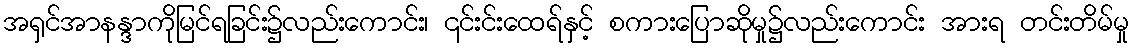
အရှင်အာနန္ဒာကိုမြင်ရခြင်း၌လည်းကောင်း၊ ၎င်းင်းထေရ်နှင့် စကားပြောဆိုမှု၌လည်းကောင်း အားရ တင်းတိမ်မှု